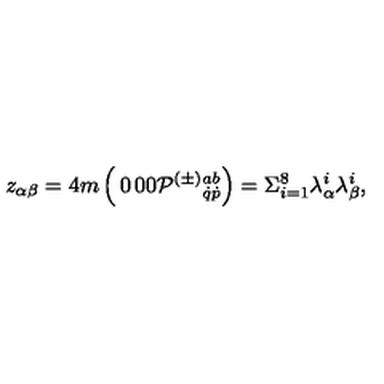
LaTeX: z _ { \alpha \beta } = 4 m \left( \begin{matrix} { 0 } & { 0 } \\ { 0 } & { { \cal P } ^ { ( \pm ) } { } _ { \dot { q } \dot { p } } ^ { a b } } \\ \end{matrix} \right) = \Sigma _ { i = 1 } ^ { 8 } \lambda _ { \alpha } ^ { i } \lambda _ { \beta } ^ { i } ,